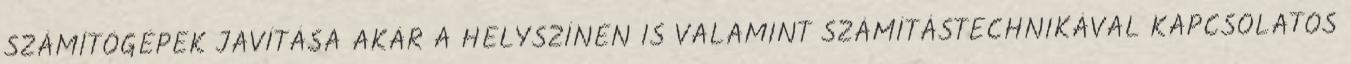
SZÁMÍTÓGÉPEK JAVÍTÁSA AKÁR A HELYSZÍNEN IS VALAMINT SZÁMÍTÁSTECHNIKÁVAL KAPCSOLATOS